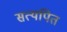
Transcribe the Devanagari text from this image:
सत्यपित